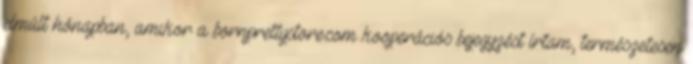
elmúlt hónapban, amikor a bornprettystore.com kooperációs bejegyzést írtam, természetesen